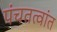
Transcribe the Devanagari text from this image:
पंचतत्वांत